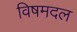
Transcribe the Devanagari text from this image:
विषमदल